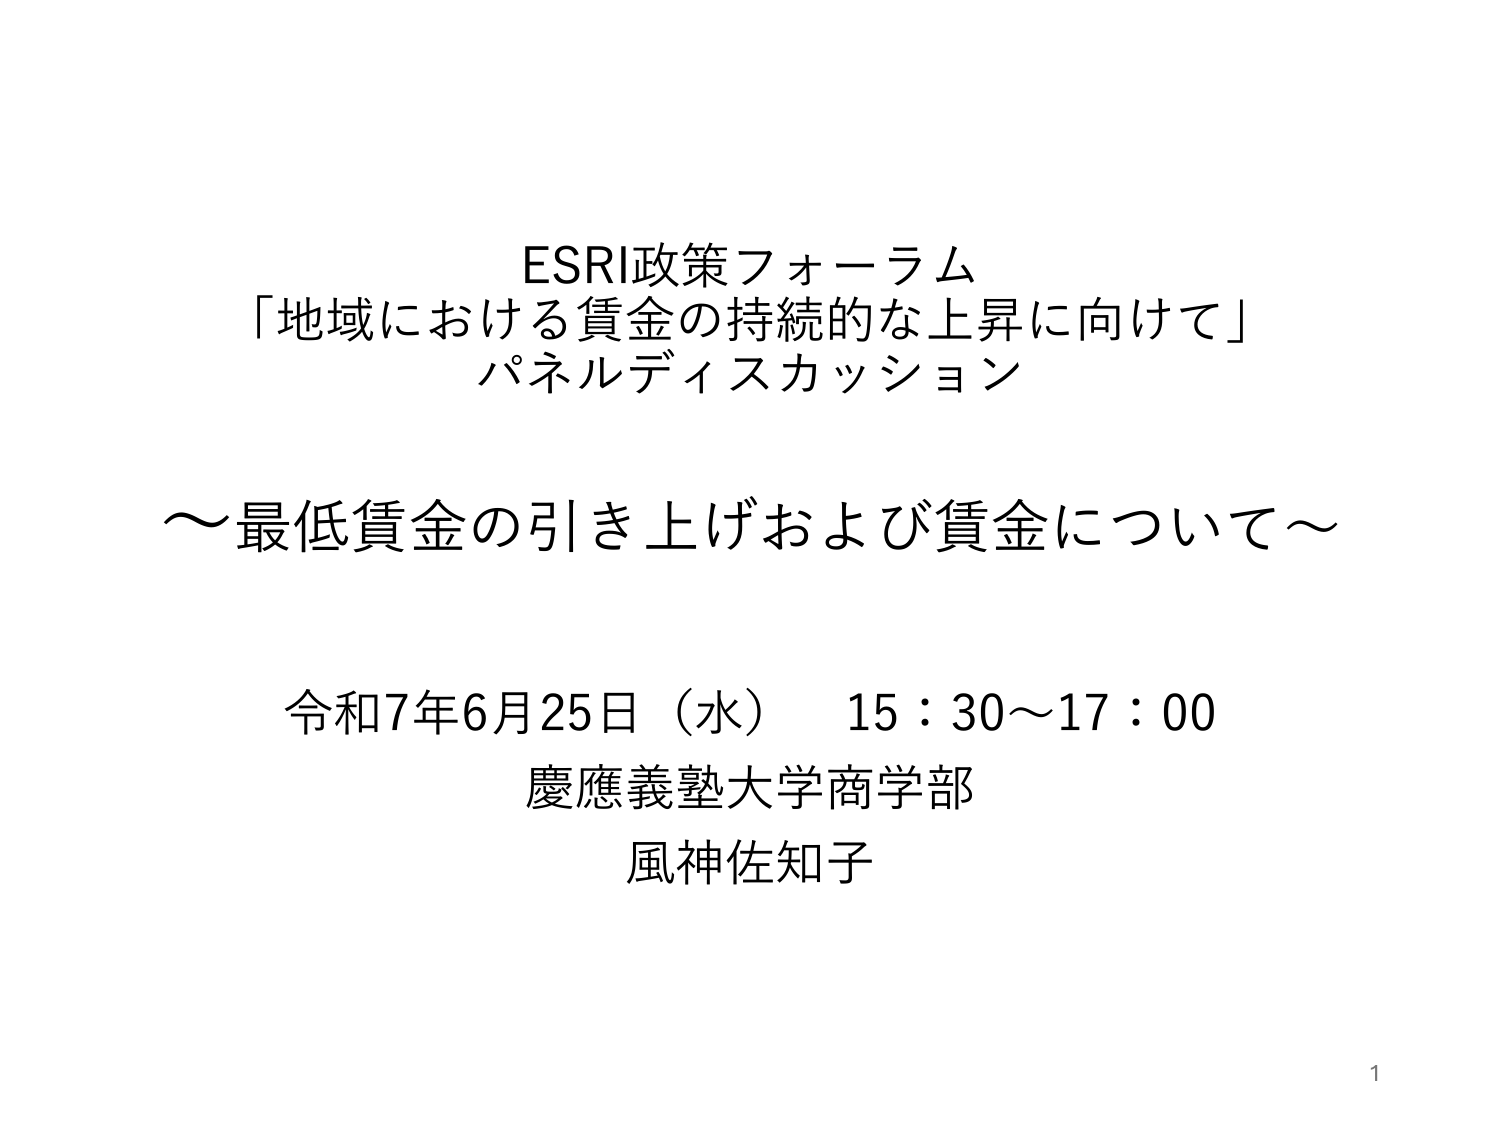
ESRI政策フォーラム
「地域における賃金の持続的な上昇に向けて」
パネルディスカッション

～最低賃金の引き上げおよび賃金について～

令和7年6月25日（水） 15：30～17：00
慶應義塾大学商学部
風神佐知子

1